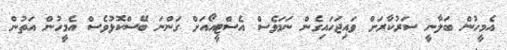
އެމީހުން ބަލާނީ ސަރުކާރަށް ވައިޖަހައިގެން ނަމަވެސް އެސްޓީއޯއަށް ގަންނަ ބޭސްކޮޅުވެސް އެމީހުން އަތުން